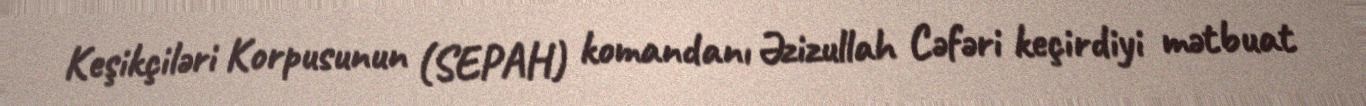
Keşikçiləri Korpusunun (SEPAH) komandanı Əzizullah Cəfəri keçirdiyi mətbuat